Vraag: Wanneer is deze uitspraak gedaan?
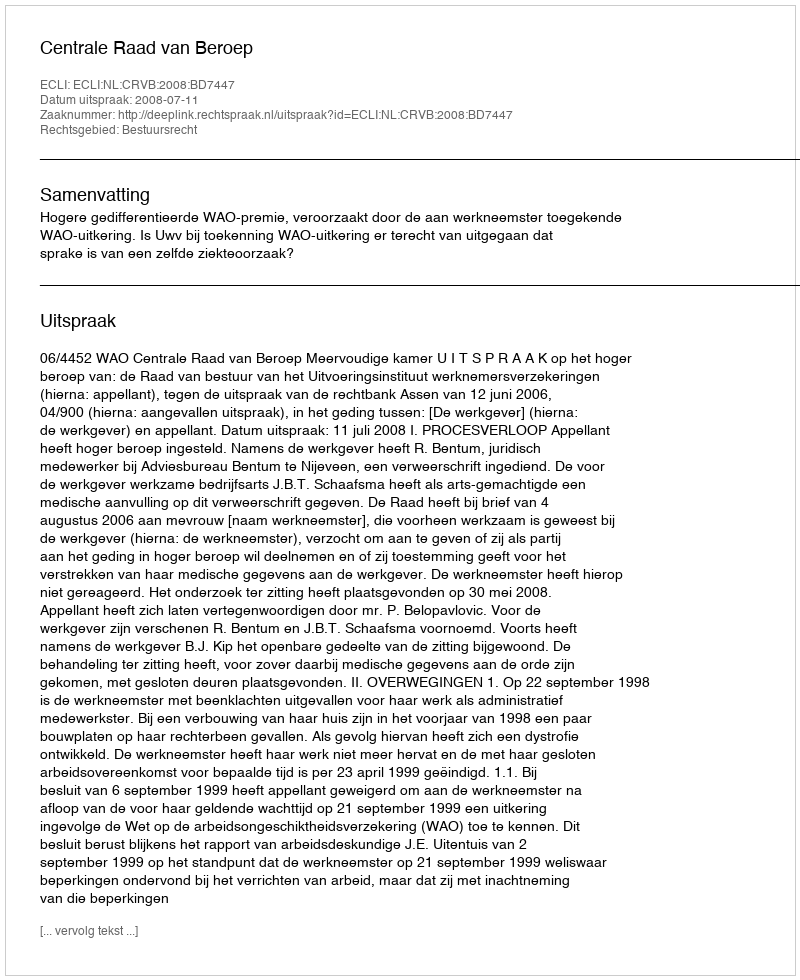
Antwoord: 2008-07-11